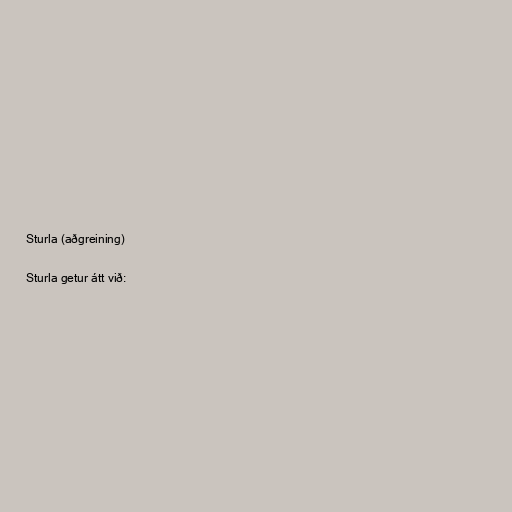
Sturla (aðgreining)

Sturla getur átt við: